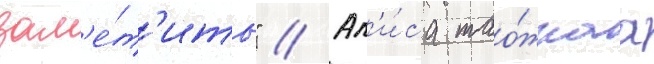
зам'е́т'ить" // Ал'и́са тао́жнаа